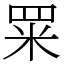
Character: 䍘